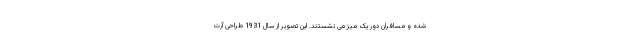
شده و مسافران دور یک میز می نشستند. این تصویر از سال 1931 طراحی آرت